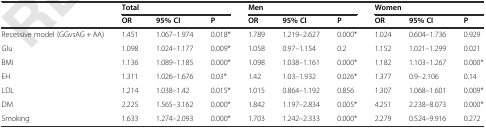
<table><thead><tr><td></td><td colspan="3"><b>Total</b></td><td colspan="3"><b>Men</b></td><td colspan="3"><b>Women</b></td></tr><tr><td></td><td><b>OR</b></td><td><b>95% CI</b></td><td><b>P</b></td><td><b>OR</b></td><td><b>95% CI</b></td><td><b>P</b></td><td><b>OR</b></td><td><b>95% CI</b></td><td><b>P</b></td></tr></thead><tbody><tr><td>Recessive model (GGvsAG + AA)</td><td>1.451</td><td>1.067–1.974</td><td>0.018*</td><td>1.789</td><td>1.219–2.627</td><td>0.000*</td><td>1.024</td><td>0.604–1.736</td><td>0.929</td></tr><tr><td>Glu</td><td>1.098</td><td>1.024–1.177</td><td>0.009*</td><td>1.058</td><td>0.97–1.154</td><td>0.2</td><td>1.152</td><td>1.021–1.299</td><td>0.021</td></tr><tr><td>BMI</td><td>1.136</td><td>1.089–1.185</td><td>0.000*</td><td>1.098</td><td>1.038–1.161</td><td>0.000*</td><td>1.182</td><td>1.103–1.267</td><td>0.000*</td></tr><tr><td>EH</td><td>1.311</td><td>1.026–1.676</td><td>0.03*</td><td>1.42</td><td>1.03–1.932</td><td>0.026*</td><td>1.377</td><td>0.9–2.106</td><td>0.14</td></tr><tr><td>LDL</td><td>1.214</td><td>1.038–1.42</td><td>0.015*</td><td>1.015</td><td>0.864–1.192</td><td>0.856</td><td>1.307</td><td>1.068–1.601</td><td>0.009*</td></tr><tr><td>DM</td><td>2.225</td><td>1.565–3.162</td><td>0.000*</td><td>1.842</td><td>1.197–2.834</td><td>0.005*</td><td>4.251</td><td>2.238–8.073</td><td>0.000*</td></tr><tr><td>Smoking</td><td>1.633</td><td>1.274–2.093</td><td>0.000*</td><td>1.703</td><td>1.242–2.333</td><td>0.000*</td><td>2.279</td><td>0.524–9.916</td><td>0.272</td></tr></tbody></table>